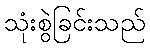
သုံးစွဲခြင်းသည်